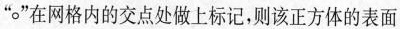
” $$\circ$$ ”在网格内的交点处做上标记，则该正方体的表面